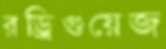
রড্রিগুয়েজ